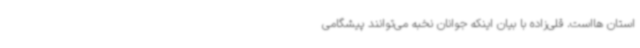
استان هااست. قلی‌زاده با بیان اینکه جوانان نخبه می‌توانند پیشگامی